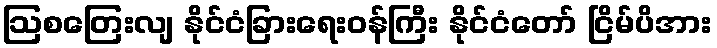
ဩစတြေးလျ နိုင်ငံခြားရေးဝန်ကြီး နိုင်ငံတော် ငြိမ်ပိအား